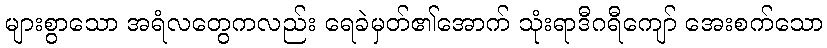
များစွာသော အရံလတွေကလည်း ရေခဲမှတ်၏အောက် သုံးရာဒီဂရီကျော် အေးစက်သော